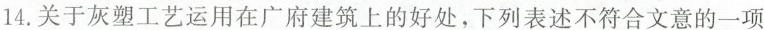
14.关于灰工艺运用在广府建筑上的好处，下列表述不符合文意的一项